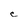
Character: C